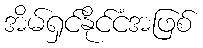
အိမ်ရှင်နိုင်ငံအဖြစ်